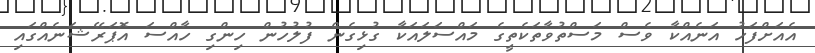
އެއަށްފަހު އަނެއްކާ ވެސް މަސްތުވާތަކެތީގެ މައްސަލައަކާ ގުޅިގެން ފުލުހުން ހިންގި ހާއްސަ އޮޕަރޭޝަނެއްގައި